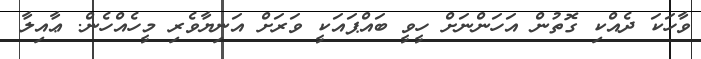
ވާހަކަ ދެއްކި ގޮތުން އަހަންނަށް ހީވީ ބައްޕައަކީ ވަރަށް އަނިޔާވެރި މީހެއްހެން. ޢާއިލާ